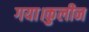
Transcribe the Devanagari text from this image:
गया।कुलीन